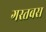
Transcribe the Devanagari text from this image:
गस्तबस